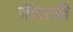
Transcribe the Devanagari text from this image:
नीराजी